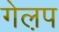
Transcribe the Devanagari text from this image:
गेल़प